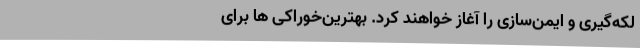
لکه‌گیری و ایمن‌سازی را آغاز خواهند کرد. بهترین‌خوراکی‌ ها برای‌